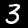
Digit: 3